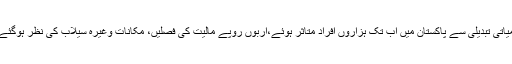
موسمیاتی تبدیلی سے پاکستان میں اب تک ہزاروں افراد متاثر ہوئے،اربوں روپے مالیت کی فصلیں، مکانات وغیرہ سیلاب کی نظر ہوگئے ہیں۔